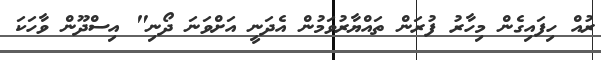
ރުއް ހިފައިގެން މިހާރު ފުރަން ތައްޔާރުވަމުން އެދަނީ އަށްވަނަ ދޯނި" އިސްދޫން ވާހަކަ